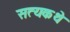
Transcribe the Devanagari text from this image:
सत्यकथे